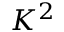
K ^ { 2 }